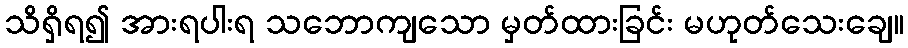
သိရှိရ၍ အားရပါးရ သဘောကျသော မှတ်ထားခြင်း မဟုတ်သေးချေ။